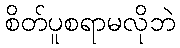
စိတ်ပူစရာမလိုဘဲ